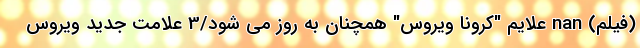
(فیلم) nan علایم "کرونا ویروس" همچنان به روز می شود/3 علامت جدید ویروس